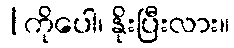
|ကိုပေါ၊ နိုးပြီးလား။